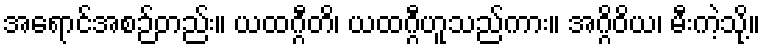
အရောင်အစဉ်တည်း။ ယထဂ္ဂီတိ၊ ယထဂ္ဂီဟူသည်ကား။ အဂ္ဂိဝိယ၊ မီးကဲ့သို့။